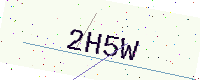
Text: 2H5W